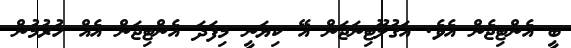
ބީ އެންޓިޖެން އެވެ. އަގުލޫޓިނަޖަން އޭ ކިޔަނީ މިފަދަ އެންޓިޖަން އެއް ހުރުމުން